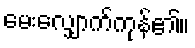
မေးလျှောက်ကုန်၏။